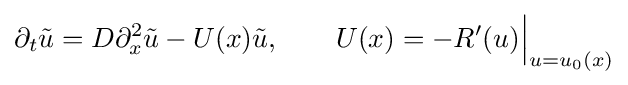
\partial _{t}{\tilde {u}}=D\partial _{x}^{2}{\tilde {u}}-U(x){\tilde {u}},\qquad U(x)=-R^{\prime }(u){\Big |}_{u=u_{0}(x)}